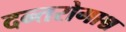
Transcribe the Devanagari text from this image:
दन्तरोगाश्च